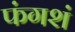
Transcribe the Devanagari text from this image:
फंगशं